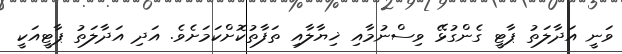
ވަނީ އަދާލަތު ޕާޓީ ގެންގުޅޭ ވިސްނުމާއި ޚިޔާލާއި ތަފާތުކޮށްކަމަށެވެ. އަދި އަދާލަތު ޕާޓީއަކީ